Report on the working of the Ranchi Indian Mental Hospital, Kanke, in Bihar and Orissa - 1930-1940
Year: 1930
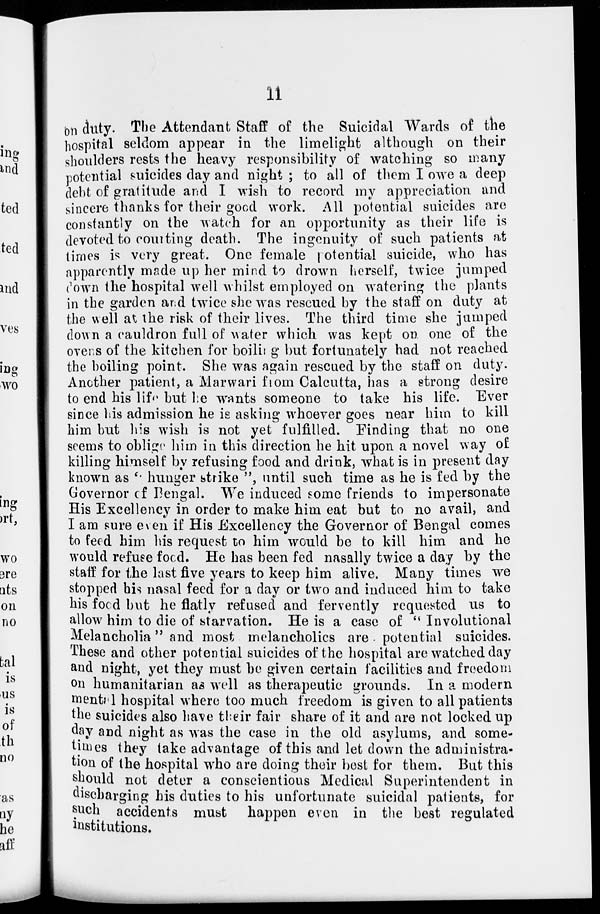
11
on duty. The Attendant Staff of the Suicidal Wards of the
hospital seldom appear in the limelight although on their
shoulders rests the heavy responsibility of watching so many
potential suicides day and night ; to all of them I owe a deep
debt of gratitude and I wish to record my appreciation and
sincere thanks for their good work. All potential suicides are
constantly on the watch for an opportunity as their life is
devoted to counting death. The ingenuity of such patients at
times is very great. One female potential suicide, who has
apparently made up her mind to drown herself, twice jumped
down the hospital well whilst employed on watering the plants
in the garden and twice she was rescued by the staff on duty at
the well at the risk of their lives. The third time she jumped
down a cauldron full of water which was kept on one of the
ovens of the kitchen for boiling but fortunately had not reached
the boiling point. She was again rescued by the staff on duty.
Another patient, a Marwari from Calcutta, has a strong desire
to end his life but he wants someone to take his life. Ever
since his admission he is asking whoever goes near him to kill
him but his wish is not yet fulfilled. Finding that no one
seems to oblige him in this direction he hit upon a novel way of
killing himself by refusing food and drink, what is in present day
known as " hunger strike ", until such time as he is fed by the
Governor of Bengal. We induced some friends to impersonate
His Excellency in order to make him eat but to no avail, and
I am sure even if His Excellency the Governor of Bengal comes
to feed him his request to him would be to kill him and he
would refuse food. He has been fed nasally twice a day by the
staff for the last five years to keep him alive. Many times we
stopped his nasal feed for a day or two and induced him to take
his food but he flatly refused and fervently requested us to
allow him to die of starvation. He is a case of " Involutional
Melancholia" and most melancholics are potential suicides.
These and other potential suicides of the hospital are watched day
and night, yet they must be given certain facilities and freedom
on humanitarian as well as therapeutic grounds. In a modern
mental hospital where too much freedom is given to all patients
the suicides also have their fair share of it and are not locked up
day and night as was the case in the old asylums, and some-
times they take advantage of this and let down the administra-
tion of the hospital who are doing their best for them. But this
should not deter a conscientious Medical Superintendent in
discharging his duties to his unfortunate suicidal patients, for
such accidents must
happen even in the best regulated
institutions.